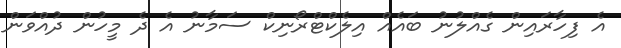
އެ ފިހާރައިން ގެއްލުނު ބައެއް އިލެކްޓްރޯނިކް ސަމާނު އެ ދެ މީހުން ދުއްވަން